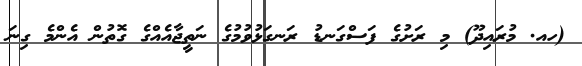
(ހއ. މުރައިދޫ) މި ރަށުގެ ފަސްގަނޑު ރަނގަޅުވުމުގެ ނަތީޖާއެއްގެ ގޮތުން އެންމެ ގިނަ